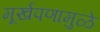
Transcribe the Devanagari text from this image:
मूर्खपणामुळे